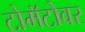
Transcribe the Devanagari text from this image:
टोमॅटोवर